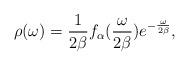
LaTeX: \begin{align*}\rho(\omega) = \frac{1}{2\beta} f_\alpha(\frac{\omega}{2\beta})e^{-\frac{\omega}{2\beta}},\end{align*}